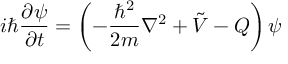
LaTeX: i \hbar { \frac { \partial \psi } { \partial t } } = \left( - { \frac { \hbar ^ { 2 } } { 2 m } } \nabla ^ { 2 } + { \tilde { V } } - Q \right) \psi \quad